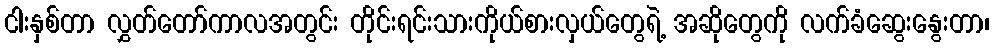
ငါးနှစ်တာ လွှတ်တော်ကာလအတွင်း တိုင်းရင်းသားကိုယ်စားလှယ်တွေရဲ့ အဆိုတွေကို လက်ခံဆွေးနွေးတာ၊